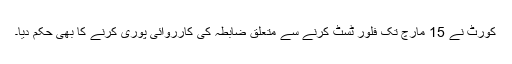
کورٹ نے 15 مارچ تک فلور ٹسٹ کرنے سے متعلق ضابطہ کی کارروائی پوری کرنے کا بھی حکم دیا۔